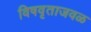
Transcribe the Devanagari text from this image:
विषवृताजवळ